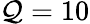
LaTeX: \mathcal{Q}=10